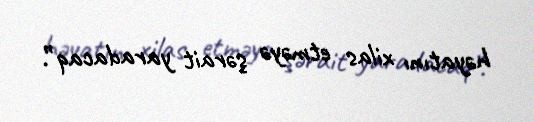
həyatını xilas etməyə şərait yaradacaq”.